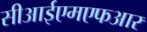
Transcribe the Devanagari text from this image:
सीआईएमएफआर